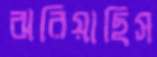
ঝরিয়াছিস